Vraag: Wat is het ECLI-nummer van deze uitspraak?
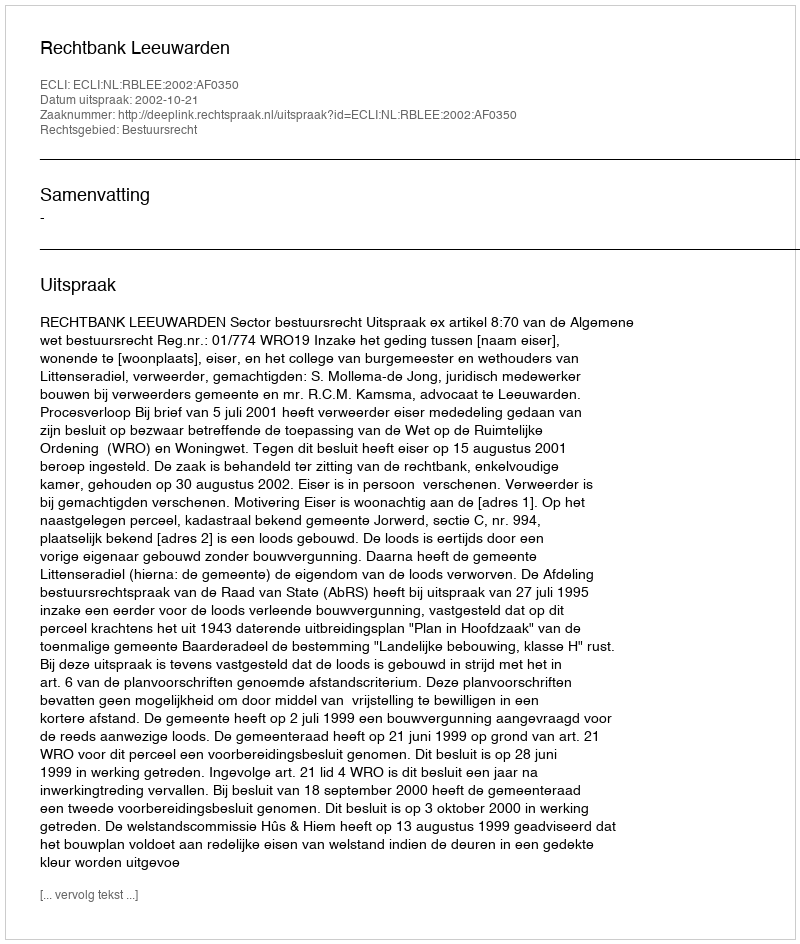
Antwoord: ECLI:NL:RBLEE:2002:AF0350